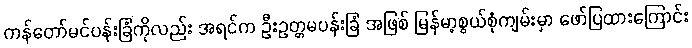
ကန်တော်မင်ပန်းခြံကိုလည်း အရင်က ဦးဥတ္တမပန်းခြံ အဖြစ် မြန်မာ့စွယ်စုံကျမ်းမှာ ဖော်ပြထားကြောင်း